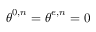
\boldsymbol { \theta } ^ { 0 , n } = \boldsymbol { \theta } ^ { e , n } = \boldsymbol { 0 }